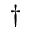
^ \dag